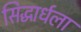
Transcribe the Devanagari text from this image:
सिद्धार्धला